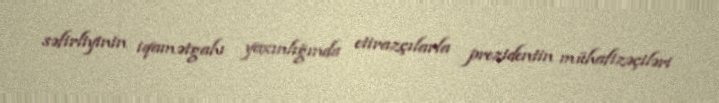
səfirliyinin iqamətgahı yaxınlığında etirazçılarla prezidentin mühafizəçiləri